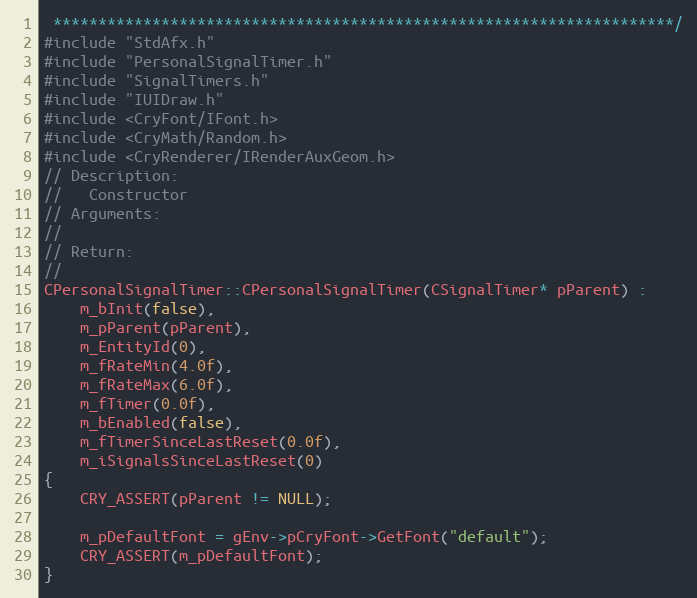
Language: C++
 *********************************************************************/
#include "StdAfx.h"
#include "PersonalSignalTimer.h"
#include "SignalTimers.h"
#include "IUIDraw.h"
#include <CryFont/IFont.h>
#include <CryMath/Random.h>
#include <CryRenderer/IRenderAuxGeom.h>
// Description:
//   Constructor
// Arguments:
//
// Return:
//
CPersonalSignalTimer::CPersonalSignalTimer(CSignalTimer* pParent) :
	m_bInit(false),
	m_pParent(pParent),
	m_EntityId(0),
	m_fRateMin(4.0f),
	m_fRateMax(6.0f),
	m_fTimer(0.0f),
	m_bEnabled(false),
	m_fTimerSinceLastReset(0.0f),
	m_iSignalsSinceLastReset(0)
{
	CRY_ASSERT(pParent != NULL);

	m_pDefaultFont = gEnv->pCryFont->GetFont("default");
	CRY_ASSERT(m_pDefaultFont);
}